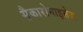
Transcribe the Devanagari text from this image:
सैकारोमाइसेज